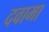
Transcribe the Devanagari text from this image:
दवामा